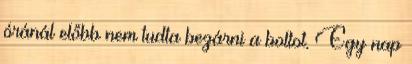
óránál előbb nem tudta bezárni a boltot. Egy nap